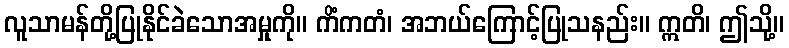
လူသာမန်တို့ပြုနိုင်ခဲသောအမှုကို။ ကိံကတံ၊ အဘယ်ကြောင့်ပြုသနည်း။ ဣတိ၊ ဤသို့။